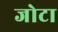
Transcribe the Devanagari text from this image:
जोटा